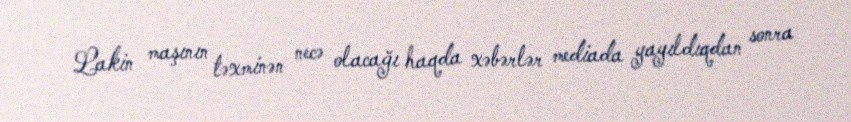
Lakin maşının təxminən necə olacağı haqda xəbərlər mediada yayıldıqdan sonra